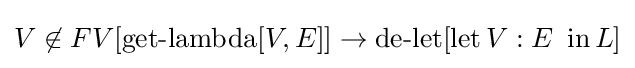
V\not \in FV[\operatorname {get-lambda} [V,E]]\to \operatorname {de-let} [\operatorname {let} V:E\ \operatorname {in} L]